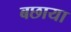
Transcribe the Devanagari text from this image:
बछाया